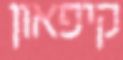
קיפאון